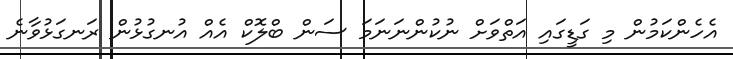
އެހެންކަމުން މި ގަޑީގައި އަތްވަށް ނުކުންނަނަމަ ސަން ބްލޮކް އެއް އުނގުޅުން ރަނގަޅުވާނެ